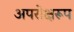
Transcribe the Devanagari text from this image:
अपरोक्षरूप